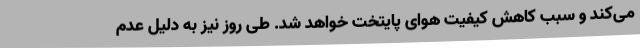
می‌کند و سبب کاهش کیفیت هوای پایتخت خواهد شد. طی روز نیز به دلیل عدم